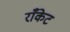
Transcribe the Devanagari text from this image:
राँकेट